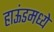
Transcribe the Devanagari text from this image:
हाऊंडमध्ये